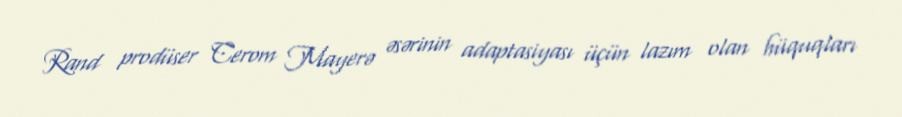
Rand prodüser Cerom Mayerə əsərinin adaptasiyası üçün lazım olan hüquqları